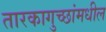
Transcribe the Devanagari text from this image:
तारकागुच्छांमधील